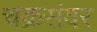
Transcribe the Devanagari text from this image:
चक्रसंवर